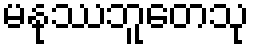
မနုဿဘူတေသု